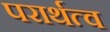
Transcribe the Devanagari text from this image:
परार्थत्व